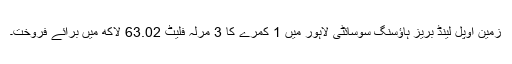
زمین اوپل لینڈ بریز ہاؤسنگ سوسائٹی لاہور میں 1 کمرے کا 3 مرلہ فلیٹ 63.02 لاکھ میں برائے فروخت۔